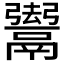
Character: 𱆐